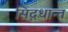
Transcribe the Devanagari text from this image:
सिद़धान्‍त